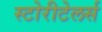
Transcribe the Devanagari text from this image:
स्टोरीटेलर्स